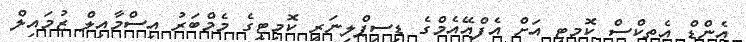
އެންޑް އެތިކްސް ކޮމިޓީ އަށް އެފްއޭއެމްގެ ޑިސިޕްލިނަރީ ކޮމިޓީގެ މެމްބަރު އިސްމާއިލް ޒުމައިލް